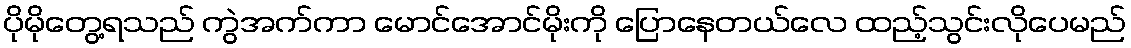
ပိုမိုတွေ့ရသည် ကွဲအက်ကာ မောင်အောင်မိုးကို ပြောနေတယ်လေ ထည့်သွင်းလိုပေမည်